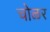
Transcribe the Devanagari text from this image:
चोळर